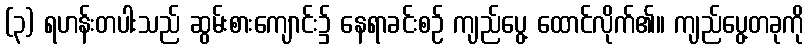
(၃) ရဟန်းတပါးသည် ဆွမ်းစားကျောင်း၌ နေရာခင်းစဉ် ကျည်ပွေ့ ထောင်လိုက်၏။ ကျည်ပွေ့တခုကို